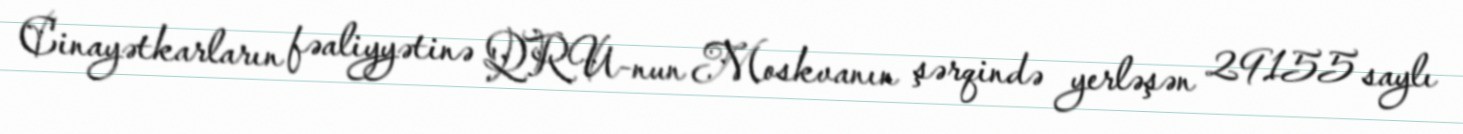
Cinayətkarların fəaliyyətinə QRU-nun Moskvanın şərqində yerləşən 29155 saylı